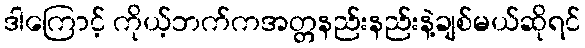
ဒါကြောင့် ကိုယ့်ဘက်ကအတ္တနည်းနည်းနဲ့ချစ်မယ်ဆိုရင်